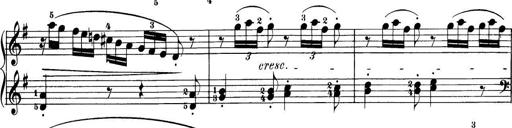
Title: 32 Sonatinas and Rondos for the Piano
Composer: Richard Kleinmichel